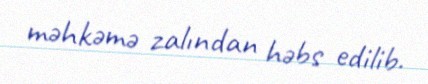
məhkəmə zalından həbs edilib.